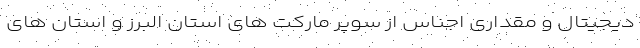
دیجیتال و مقداری اجناس از سوپر مارکت های استان البرز و استان های